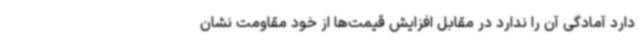
دارد آمادگی آن را ندارد در مقابل افزایش قیمت‌ها از خود مقاومت نشان